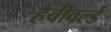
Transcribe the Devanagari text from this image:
हैवीवर्ल्ड